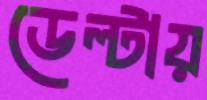
ডেল্টায়